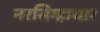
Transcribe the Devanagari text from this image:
नरसिम्हाचार